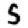
Digit: 5